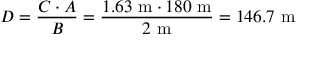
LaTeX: D = { \frac { C \cdot A } { B } } = { \frac { 1 . 6 3 ~ { \mathrm { m } } \cdot 1 8 0 ~ { \mathrm { m } } } { 2 ~ { \mathrm { m } } } } = 1 4 6 . 7 ~ { \mathrm { m } }